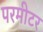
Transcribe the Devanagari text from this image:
परमीटर